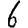
Digit: 6